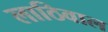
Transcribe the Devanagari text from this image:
लाठिवाल